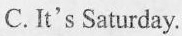
C.It's Saturday.